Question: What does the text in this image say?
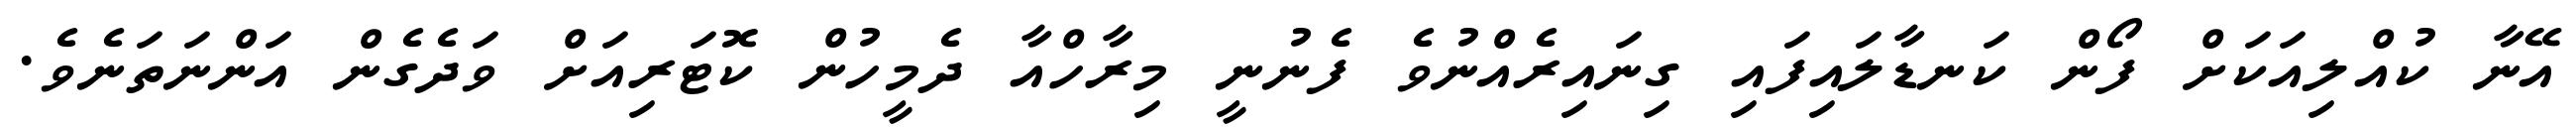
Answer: އޭނާ ކުއްލިއަކަށް ފޯން ކަނޑާލައިފައި ގިނައިރެއްނުވެ ފެނުނީ މިރާހްއާ ދެމީހުން ކޮޓަރިއަށް ވަދެގެން އަންނަތަނެވެ.